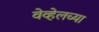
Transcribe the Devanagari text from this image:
वेव्हेलच्या